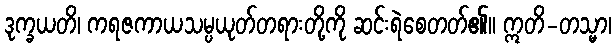
ဒုက္ခယတိ၊ ကရဇကာယသမ္ပယုတ်တရားတို့ကို ဆင်းရဲစေတတ်၏။ ဣတိ-တသ္မာ၊